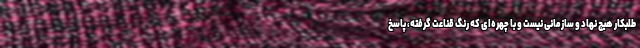
طلبکار هیچ نهاد و سازمانی نیست و با چهره‌ای که رنگ قناعت گرفته، پاسخ